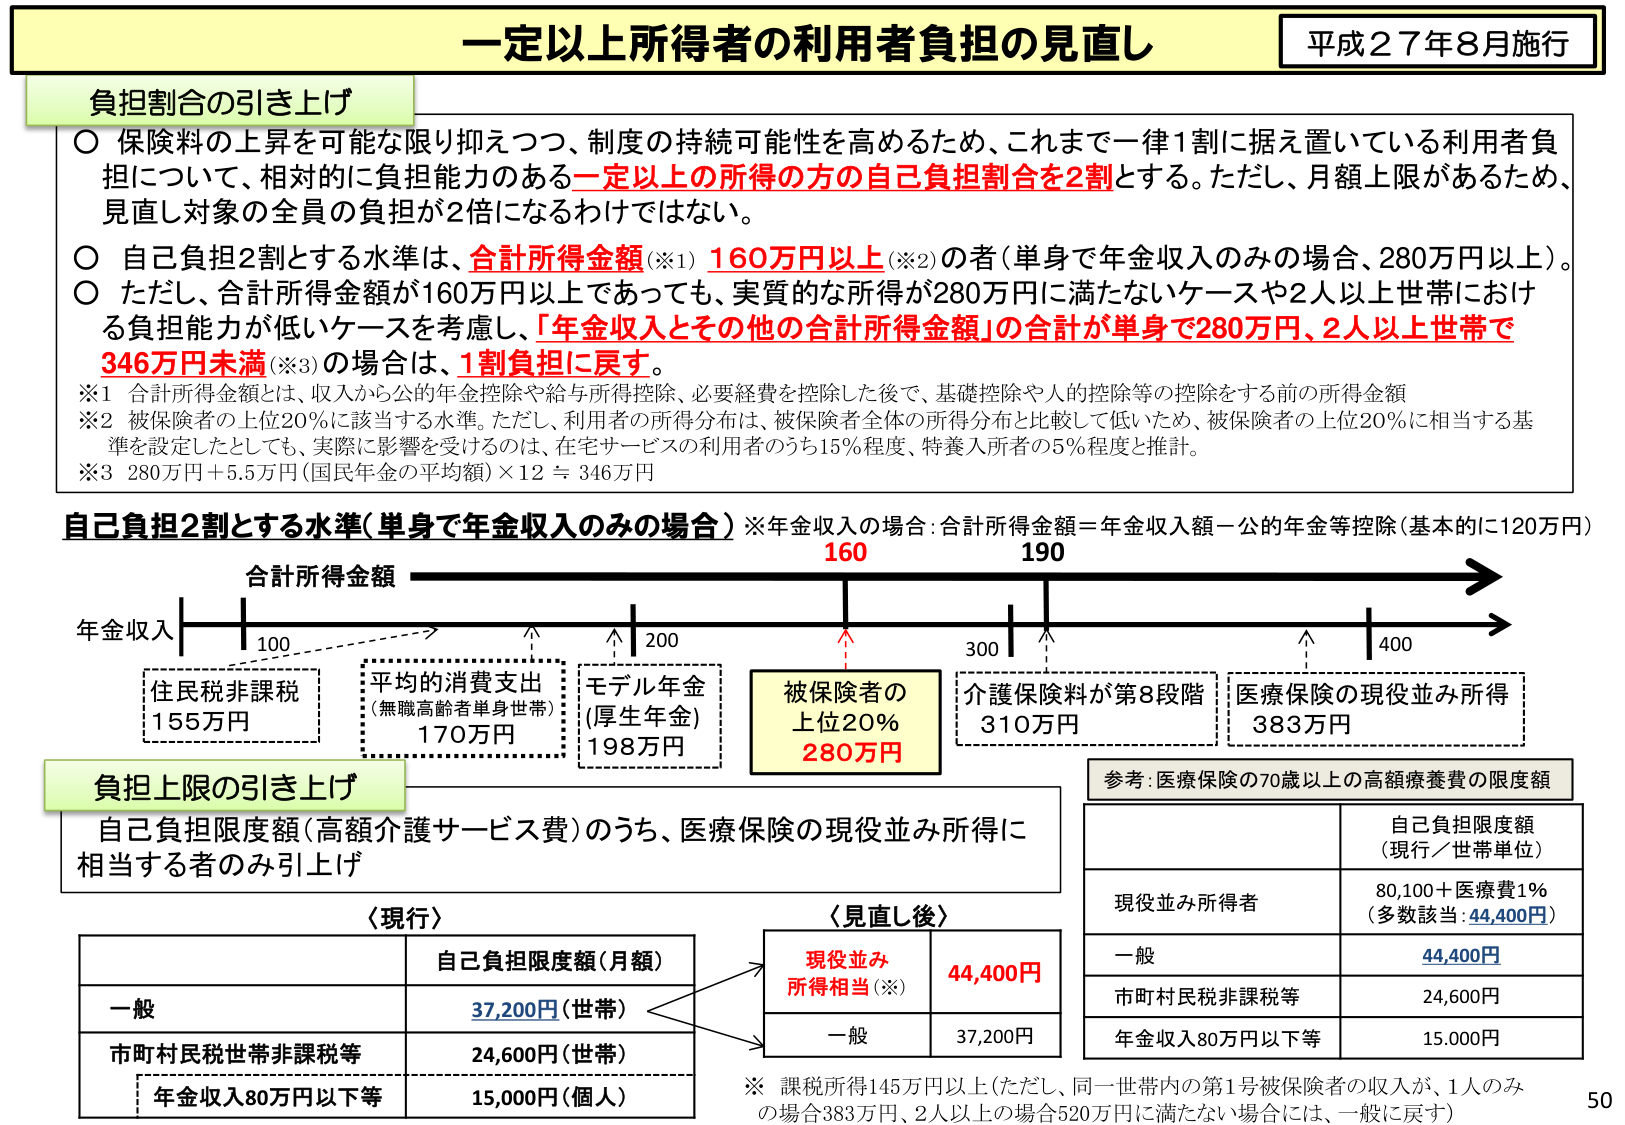
一定以上所得者の利用者負担の見直し
平成２７年８月施行

負担割合の引き上げ
○ 保険料の上昇を可能な限り抑えつつ、制度の持続可能性を高めるため、これまで一律1割に据え置いている利用者負担について、相対的に負担能力のある一定以上の所得の方の自己負担割合を2割とする。ただし、月額上限があるため、見直し対象の全員の負担が2倍になるわけではない。
○ 自己負担2割とする水準は、合計所得金額（※1）160万円以上（※2）の者（単身で年金収入のみの場合、280万円以上）。
○ ただし、合計所得金額が160万円以上であっても、実質的な所得が280万円に満たないケースや2人以上世帯における負担能力が低いケースを考慮し、「年金収入とその他の合計所得金額」の合計が単身で280万円、2人以上世帯で346万円未満（※3）の場合は、1割負担に戻す。

※1 合計所得金額とは、収入から公的年金控除や給与所得控除、必要経費を控除した後で、基礎控除や人的控除等の控除をする前の所得金額
※2 被保険者の上位20％に該当する水準。ただし、利用者の所得分布は、被保険者全体の所得分布と比較して低いため、被保険者の上位20％に相当する基準を設定したとしても、実際に影響を受けるのは、在宅サービスの利用者のうち15％程度、特養入所者の5％程度と推計。
※3 280万円＋5.5万円（国民年金の平均額）×12 ≒ 346万円

自己負担2割とする水準（単身で年金収入のみの場合）※年金収入の場合：合計所得金額＝年金収入額－公的年金等控除（基本的に120万円）

合計所得金額
160 190
年金収入
100 200 300 400
→
住民税非課税 155万円
平均的消費支出（無職高齢者単身世帯）170万円
モデル年金（厚生年金）198万円
被保険者の上位20％ 280万円
介護保険料が第8段階 310万円
医療保険の現役並み所得 383万円

負担上限の引き上げ
自己負担限度額（高額介護サービス費）のうち、医療保険の現役並み所得に相当する者のみ引上げ

〈現行〉
自己負担限度額（月額）
一般 37,200円（世帯）
市町村民税世帯非課税等 24,600円（世帯）
年金収入80万円以下等 15,000円（個人）

〈見直し後〉
現役並み所得相当（※） 44,400円
一般 37,200円

参考：医療保険の70歳以上の高額療養費の限度額
自己負担限度額（現行／世帯単位）
現役並み所得者 80,100＋医療費1％（多数該当：44,400円）
一般 44,400円
市町村民税非課税等 24,600円
年金収入80万円以下等 15,000円

※ 課税所得145万円以上（ただし、同一世帯内の第1号被保険者の収入が、1人のみの場合383万円、2人以上の場合520万円に満たない場合には、一般に戻す）

50